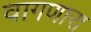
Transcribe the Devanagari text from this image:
वागणारा